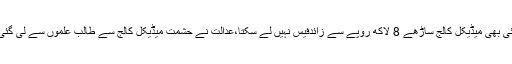
چیف جسٹس نے کہا کہ کوئی بھی میڈیکل کالج ساڑھے 8 لاکھ روپے سے زائدفیس نہیں لے سکتا،عدالت نے حشمت میڈیکل کالج سے طالب علموں سے لی گئی فیس کاریکارڈطلب کر لیا۔